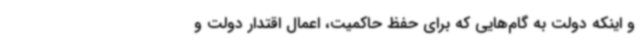
و اینکه دولت به گام‌هایی که برای حفظ حاکمیت، اعمال اقتدار دولت و